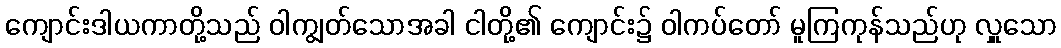
ကျောင်းဒါယကာတို့သည် ဝါကျွတ်သောအခါ ငါတို့၏ ကျောင်း၌ ဝါကပ်တော် မူကြကုန်သည်ဟု လှူသော